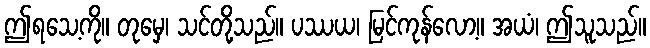
ဤရသေ့ကို။ တုမှေ၊ သင်တို့သည်။ ပဿယ၊ မြင်ကုန်လော့။ အယံ၊ ဤသူသည်။